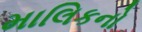
માલિકનો